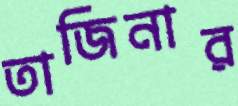
তাজিনার